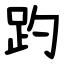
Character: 趵